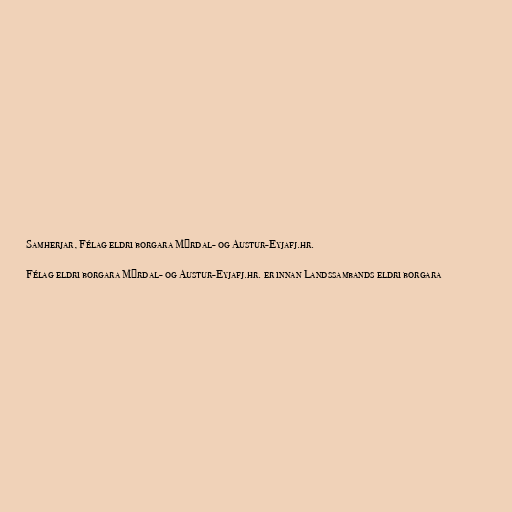
Samherjar, Félag eldri borgara Mýrdal- og Austur-Eyjafj.hr.

Félag eldri borgara Mýrdal- og Austur-Eyjafj.hr. er innan Landssambands eldri borgara